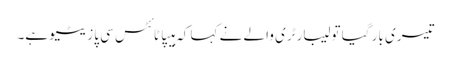
تیسری بار گیا تو لیبارٹری والے نے کہا کہ ہیپاٹائٹس سی پازیٹیو ہے۔